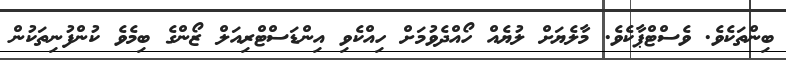
ބިންތަކެވެ. ވެސްޓްޕާކެވެ. މާލެޔަށް ލުޔެއް ހޯއްދެވުމަށް ހިއްކެވި އިންޑަސްޓްރިއަލް ޒޯންގެ ބިމެވެ ކުންފުނިތަކުން